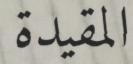
المقيدة